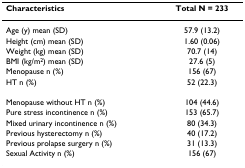
<table><thead><tr><td><b>Characteristics</b></td><td><b>Total N = 233</b></td></tr></thead><tbody><tr><td>Age (y) mean (SD)</td><td>57.9 (13.2)</td></tr><tr><td>Height (cm) mean (SD)</td><td>1.60 (0.06)</td></tr><tr><td>Weight (kg) mean (SD)</td><td>70.7 (14)</td></tr><tr><td>BMI (kg/m<sup>2</sup>) mean (SD)</td><td>27.6 (5)</td></tr><tr><td>Menopause n (%)</td><td>156 (67)</td></tr><tr><td>HT n (%)</td><td>52 (22.3)</td></tr><tr><td>Menopause without HT n (%)</td><td>104 (44.6)</td></tr><tr><td>Pure stress incontinence n (%)</td><td>153 (65.7)</td></tr><tr><td>Mixed urinary incontinence n (%)</td><td>80 (34.3)</td></tr><tr><td>Previous hysterectomy n (%)</td><td>40 (17.2)</td></tr><tr><td>Previous prolapse surgery n (%)</td><td>31 (13.3)</td></tr><tr><td>Sexual Activity n (%)</td><td>156 (67)</td></tr></tbody></table>